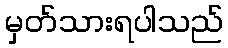
မှတ်သားရပါသည်